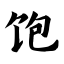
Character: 饱